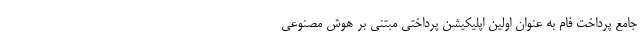
جامع پرداخت فام به عنوان اولین اپلیکیشن پرداختی مبتنی بر هوش مصنوعی